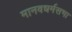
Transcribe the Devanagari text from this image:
मानवधर्मसभा